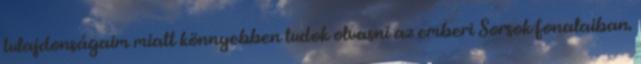
tulajdonságaim miatt könnyebben tudok olvasni az emberi Sorsok fonalaiban.